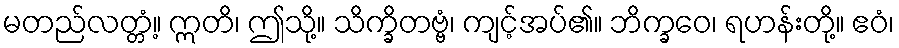
မတည်လတ္တံ့။ ဣတိ၊ ဤသို့။ သိက္ခိတဗ္ဗံ၊ ကျင့်အပ်၏။ ဘိက္ခဝေ၊ ရဟန်းတို့။ ဧဝံ၊